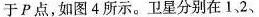
于Р点，如图4所示。卫星分别在1、2、